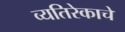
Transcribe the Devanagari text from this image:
व्यतिरेकाचे